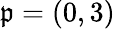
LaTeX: \mathfrak{p}=(0,3)